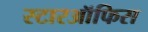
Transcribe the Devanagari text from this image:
स्टारऑफिस